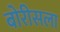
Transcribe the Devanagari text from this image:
बोरीसला